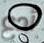
أدع